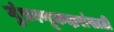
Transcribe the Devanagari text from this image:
गुंतवणूकदारांसाठी